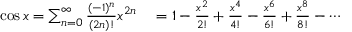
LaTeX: \begin{array} { r l } { \cos x = \sum _ { n = 0 } ^ { \infty } { \frac { ( - 1 ) ^ { n } } { ( 2 n ) ! } } x ^ { 2 n } } & { { } = 1 - { \frac { x ^ { 2 } } { 2 ! } } + { \frac { x ^ { 4 } } { 4 ! } } - { \frac { x ^ { 6 } } { 6 ! } } + { \frac { x ^ { 8 } } { 8 ! } } - \cdots } \end{array}